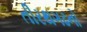
તીરથગઢનો